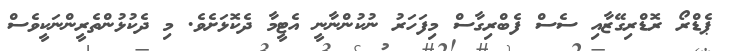
ޕެޑްރޯ ރޮޑްރިގޭޒާއި ސެސް ފެބްރިގާސް މިފަހަރު ނުކުންނާނީ އެޓީމާ ދެކޮޅަށެވެ. މި ދެކުޅުންތެރީންނަކީވެސް